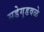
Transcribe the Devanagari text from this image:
सडेगुडवळे